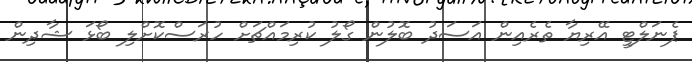
ޕެނަލްޓީ އޭރިޔާ ތެރެއިން އަސަދު ބޮލުން ގޯލު ކުރިމައްޗަށް ހުރަސްކޮށްލި ބޯޅަ ޝާދިން